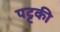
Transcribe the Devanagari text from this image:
पट्टकी